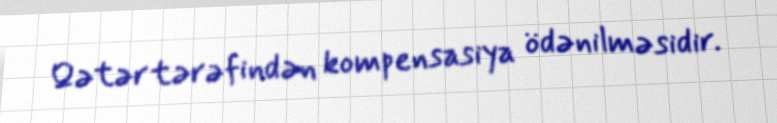
Qətər tərəfindən kompensasiya ödənilməsidir.